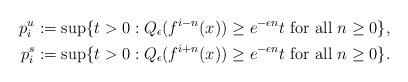
LaTeX: \begin{align*}p^u_i&:=\sup\{t>0: Q_\epsilon(f^{i-n}(x))\geq e^{-{\epsilon}n}t\textrm{ for all }n\geq 0\},\\p^s_i&:=\sup\{t>0: Q_\epsilon(f^{i+n}(x))\geq e^{-{\epsilon}n}t \textrm{ for all }n\geq 0\}.\end{align*}